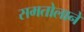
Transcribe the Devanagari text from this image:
समतोलाने